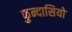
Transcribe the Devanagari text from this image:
फुन्दासियो